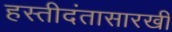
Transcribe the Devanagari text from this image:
हस्तीदंतासारखी